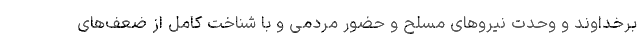
برخداوند و وحدت نیروهای مسلح و حضور مردمی و با شناخت کامل از ضعف‌های